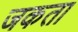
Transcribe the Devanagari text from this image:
जकता